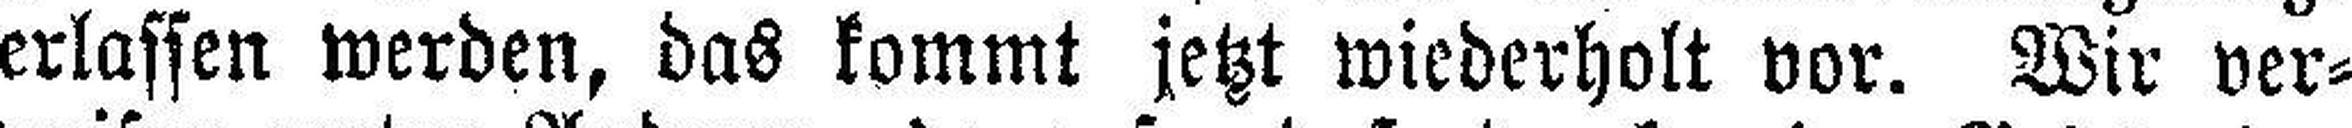
erlassen werden, das kommt jetzt wiederholt vor. Wir ver¬